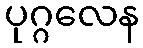
ပုဂ္ဂလေန